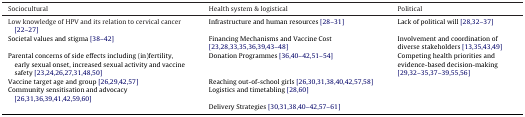
| Sociocultural | Health system & logistical | Political |
 | --- | --- | --- |
 | Low knowledge of HPV and its relation to cervical cancer [22–27] | Infrastructure and human resources [28–31] | Lack of political will [28,32–37] |
 | Societal values and stigma [38–42] | Financing Mechanisms and Vaccine Cost [23,28,33,35,36,39,43–48] | Involvement and coordination of diverse stakeholders [13,35,43,49] |
 | Parental concerns of side effects including (in)fertility, early sexual onset, increased sexual activity and vaccine safety [23,24,26,27,31,48,50] | Donation Programmes [36,40–42,51–54] | Competing health priorities and evidence-based decision-making [29,32–35,37–39,55,56] |
 | Vaccine target age and group [26,29,42,57] | Reaching out-of-school girls [26,30,31,38,40,42,57,58] |  |
 | Community sensitisation and advocacy [26,31,36,39,41,42,59,60] | Logistics and timetabling [28,60] |  |
 |  | Delivery Strategies [30,31,38,40–42,57–61] |  |